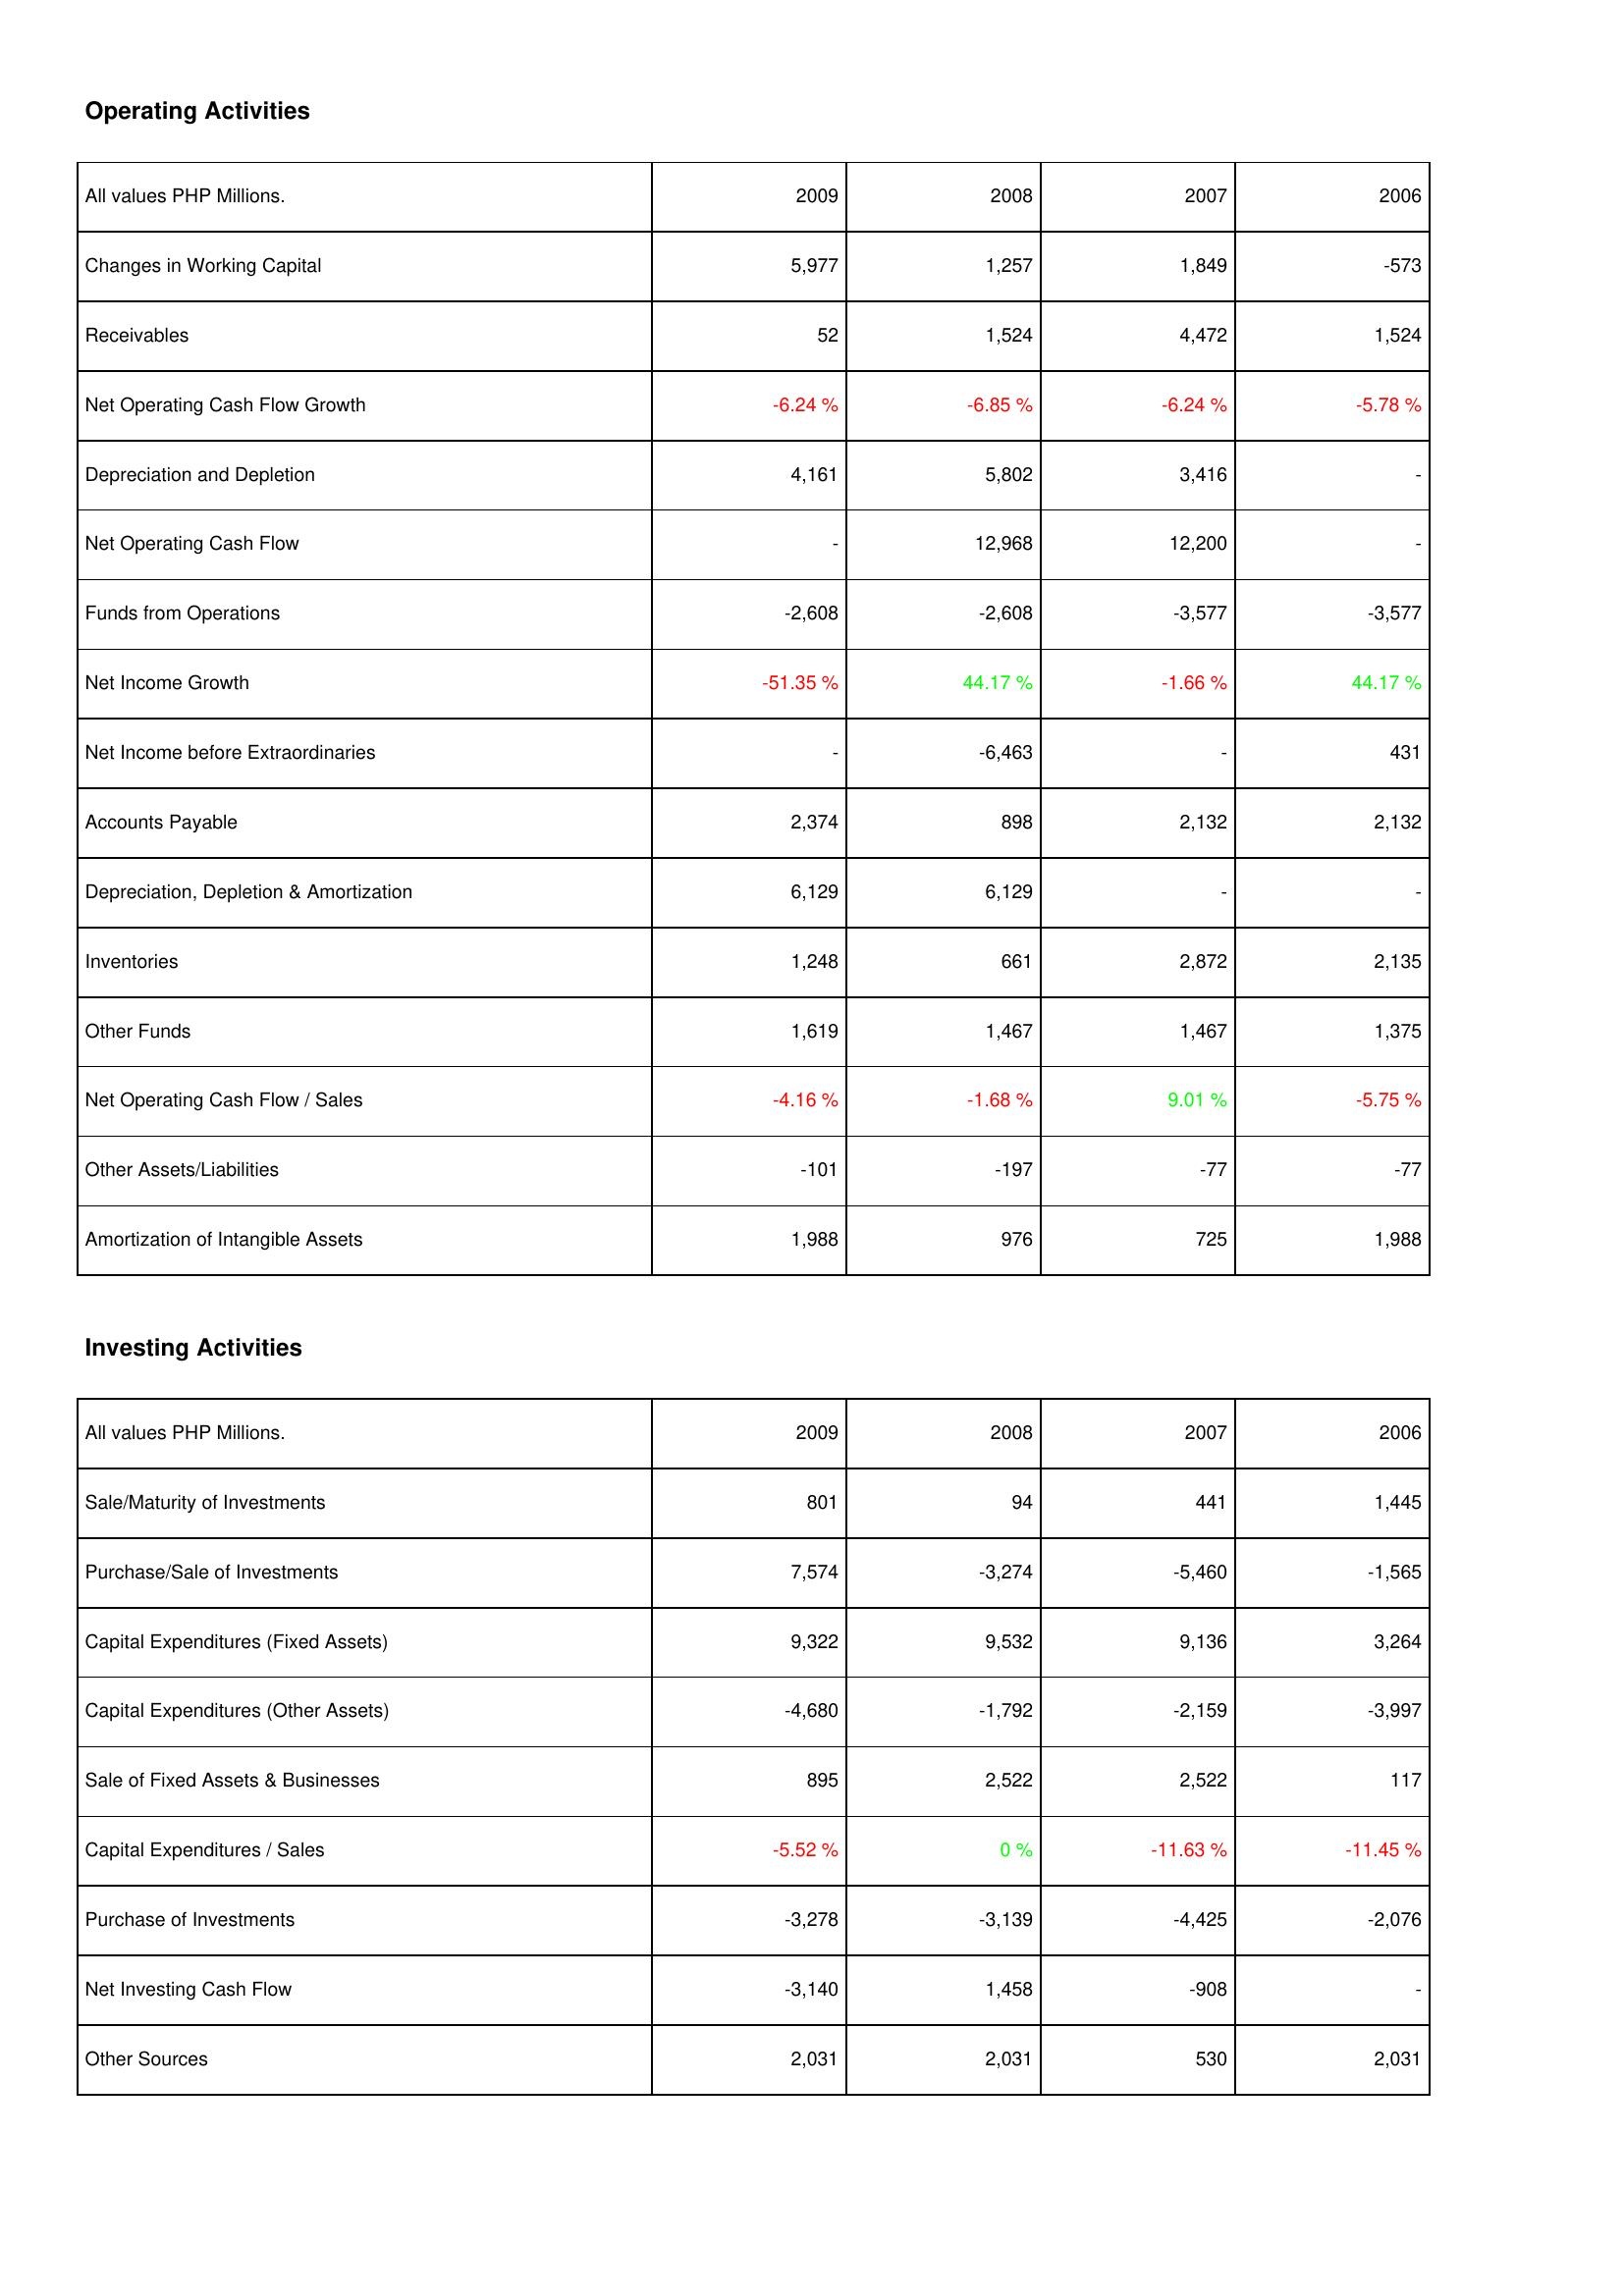
2009: Operating Activities: Changes in Working Capital: 5,977
Receivables: 52
Net Operating Cash Flow Growth: -6.24 %
Depreciation and Depletion: 4,161
Net Operating Cash Flow: -
Funds from Operations: -2,608
Net Income Growth: -51.35 %
Net Income before Extraordinaries: -
Accounts Payable: 2,374
Depreciation, Depletion & Amortization: 6,129
Inventories: 1,248
Other Funds: 1,619
Net Operating Cash Flow / Sales: -4.16 %
Other Assets/Liabilities: -101
Amortization of Intangible Assets: 1,988
Investing Activities: Sale/Maturity of Investments: 801
Purchase/Sale of Investments: 7,574
Capital Expenditures (Fixed Assets): 9,322
Capital Expenditures (Other Assets): -4,680
Sale of Fixed Assets & Businesses: 895
Capital Expenditures / Sales: -5.52 %
Purchase of Investments: -3,278
Net Investing Cash Flow: -3,140
Other Sources: 2,031
2008: Operating Activities: Changes in Working Capital: 1,257
Receivables: 1,524
Net Operating Cash Flow Growth: -6.85 %
Depreciation and Depletion: 5,802
Net Operating Cash Flow: 12,968
Funds from Operations: -2,608
Net Income Growth: 44.17 %
Net Income before Extraordinaries: -6,463
Accounts Payable: 898
Depreciation, Depletion & Amortization: 6,129
Inventories: 661
Other Funds: 1,467
Net Operating Cash Flow / Sales: -1.68 %
Other Assets/Liabilities: -197
Amortization of Intangible Assets: 976
Investing Activities: Sale/Maturity of Investments: 94
Purchase/Sale of Investments: -3,274
Capital Expenditures (Fixed Assets): 9,532
Capital Expenditures (Other Assets): -1,792
Sale of Fixed Assets & Businesses: 2,522
Capital Expenditures / Sales: 0 %
Purchase of Investments: -3,139
Net Investing Cash Flow: 1,458
Other Sources: 2,031
2007: Operating Activities: Changes in Working Capital: 1,849
Receivables: 4,472
Net Operating Cash Flow Growth: -6.24 %
Depreciation and Depletion: 3,416
Net Operating Cash Flow: 12,200
Funds from Operations: -3,577
Net Income Growth: -1.66 %
Net Income before Extraordinaries: -
Accounts Payable: 2,132
Depreciation, Depletion & Amortization: -
Inventories: 2,872
Other Funds: 1,467
Net Operating Cash Flow / Sales: 9.01 %
Other Assets/Liabilities: -77
Amortization of Intangible Assets: 725
Investing Activities: Sale/Maturity of Investments: 441
Purchase/Sale of Investments: -5,460
Capital Expenditures (Fixed Assets): 9,136
Capital Expenditures (Other Assets): -2,159
Sale of Fixed Assets & Businesses: 2,522
Capital Expenditures / Sales: -11.63 %
Purchase of Investments: -4,425
Net Investing Cash Flow: -908
Other Sources: 530
2006: Operating Activities: Changes in Working Capital: -573
Receivables: 1,524
Net Operating Cash Flow Growth: -5.78 %
Depreciation and Depletion: -
Net Operating Cash Flow: -
Funds from Operations: -3,577
Net Income Growth: 44.17 %
Net Income before Extraordinaries: 431
Accounts Payable: 2,132
Depreciation, Depletion & Amortization: -
Inventories: 2,135
Other Funds: 1,375
Net Operating Cash Flow / Sales: -5.75 %
Other Assets/Liabilities: -77
Amortization of Intangible Assets: 1,988
Investing Activities: Sale/Maturity of Investments: 1,445
Purchase/Sale of Investments: -1,565
Capital Expenditures (Fixed Assets): 3,264
Capital Expenditures (Other Assets): -3,997
Sale of Fixed Assets & Businesses: 117
Capital Expenditures / Sales: -11.45 %
Purchase of Investments: -2,076
Net Investing Cash Flow: -
Other Sources: 2,031